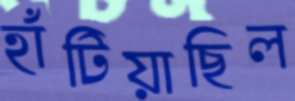
হাঁটিয়াছিল